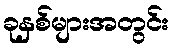
ခုနှစ်များအတွင်း